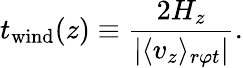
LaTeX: t_{\mathrm{wind}}(z)\equiv\frac{2H_{z}}{|\langle v_{z}\rangle_{r\varphi t}|}.